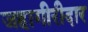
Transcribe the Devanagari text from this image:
जहागीरीदार